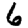
Digit: 6